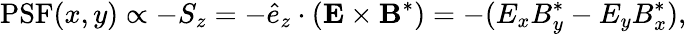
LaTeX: \mathrm{PSF}(x,y)\propto-S_{z}=-\hat{e}_{z}\cdot(\mathbf{E}\times\mathbf{B}^{*})=-(E_{x}B_{y}^{*}-E_{y}B_{x}^{*}),